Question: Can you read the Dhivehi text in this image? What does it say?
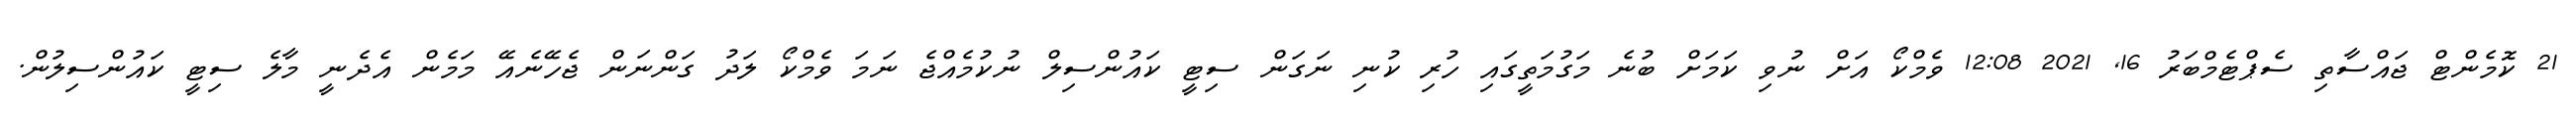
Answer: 21 ކޮމެންޓް ޖައްސާތި ސެޕްޓެމްބަރު 16, 2021 12:08 ވެމްކޯ އަށް ނުވި ކަމަށް ބުނެ މަގުމަތީގައި ހުރި ކުނި ނަގަން ސިޓީ ކައުންސިލް ނުކުމެއްޖެ ނަމަ ވެމްކޯ ލަދު ގަންނަން ޖެހޭނެއޭ މަމެން އެދެނީ މާލެ ސިޓީ ކައުންސިލުން.